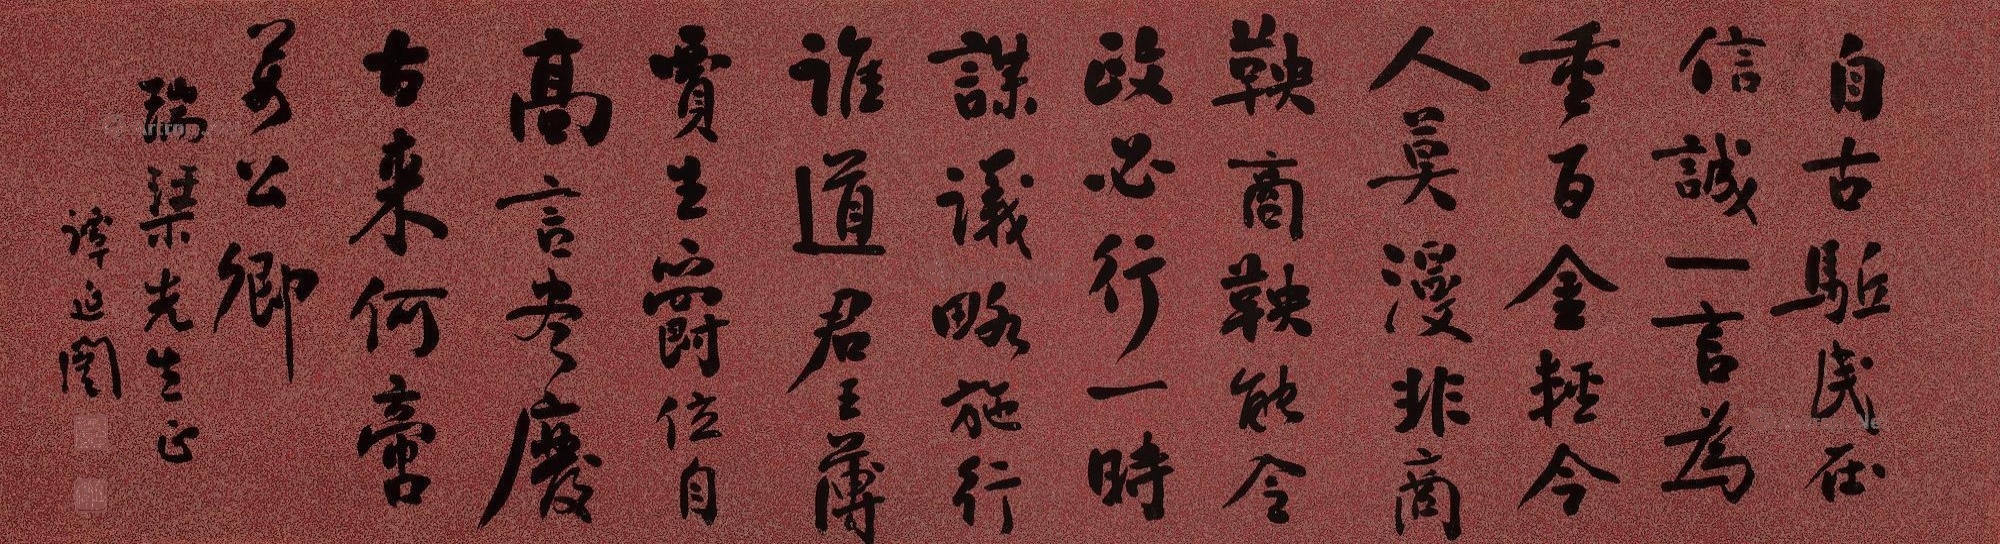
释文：自古驱民在信诚，一言为重百金轻。今人未可非商鞅，商鞅能令政必行。一时谋议略施行，谁道君王薄贾生。爵位自高言尽废，古来何啻万公卿。瑞渠先生正，谭延闿。